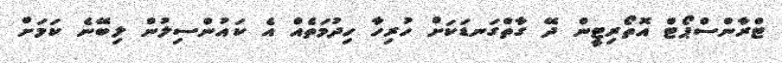
ޓްރާންސްޕޯޓް އޮތޯރިޓީން ދޭ ގާތްގަނޑަކަށް ހުރިހާ ހިދުމަތެއް އެ ކައުންސިލުން ލިބޭނެ ކަަމަށް